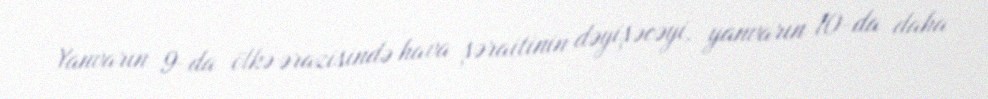
Yanvarın 9-da ölkə ərazisində hava şəraitinin dəyişəcəyi, yanvarın 10-da daha